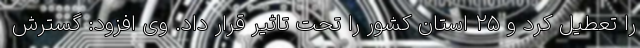
را تعطیل کرد و ۲۵ استان کشور را تحت تاثیر قرار داد. وی افزود: گسترش